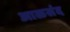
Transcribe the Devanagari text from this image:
आळसंद